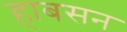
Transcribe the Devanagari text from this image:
हाबसन